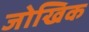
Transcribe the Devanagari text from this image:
जोखिक